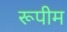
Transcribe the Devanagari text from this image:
रूपीम